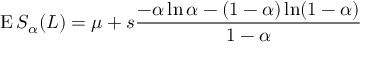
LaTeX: \operatorname { E } S _ { \alpha } ( L ) = \mu + s { \frac { - \alpha \ln \alpha - ( 1 - \alpha ) \ln ( 1 - \alpha ) } { 1 - \alpha } }